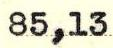
85,13